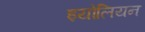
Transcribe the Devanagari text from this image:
इयोलियन